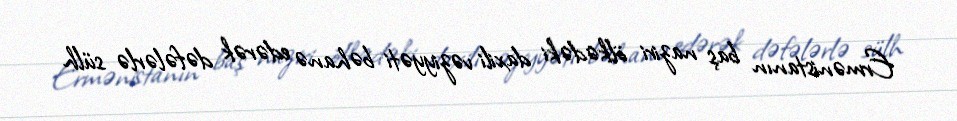
Ermənistanın baş naziri ölkədəki daxili vəziyyəti bəhanə edərək dəfələrlə sülh